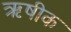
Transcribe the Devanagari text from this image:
ऋषीक